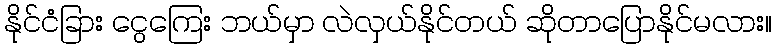
နိုင်ငံခြား ငွေကြေး ဘယ်မှာ လဲလှယ်နိုင်တယ် ဆိုတာပြောနိုင်မလား။